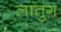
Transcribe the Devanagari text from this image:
लातुंग